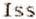
ISS